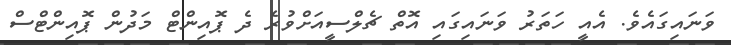
ވަނައިގައެވެ. އެއީ ހަތަރު ވަނައިގައި އޮތް ޗެލްސީއަށްވުރެ ދެ ޕޮއިންޓް މަދުން ޕޮއިންޓްސް